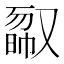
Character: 𠭿